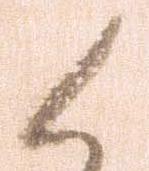
候